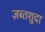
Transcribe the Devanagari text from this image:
ज़ब्तशुदा